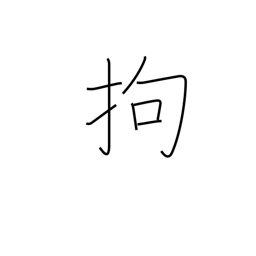
Meaning: adhere to